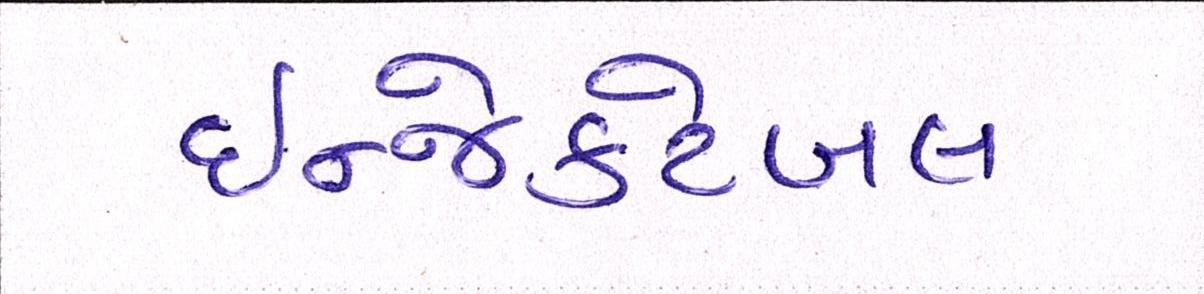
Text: ઇન્જેક્ટેબલ